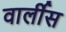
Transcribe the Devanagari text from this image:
वार्लीस